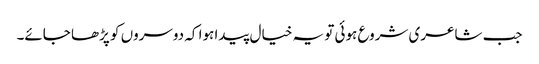
جب شاعری شروع ہوئی تو یہ خیال پیدا ہوا کہ دوسروں کو پڑھا جائے۔